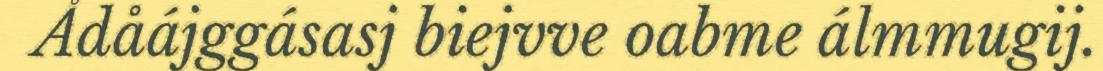
Ådåájggásasj biejvve oabme álmmugij.